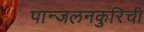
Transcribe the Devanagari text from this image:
पान्जलनकुरिची